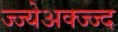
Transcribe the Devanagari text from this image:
ज्ज्येअक्ज्ज्द